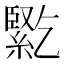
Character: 𰫱